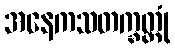
အနေကသတက္ခတ္တုံ